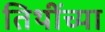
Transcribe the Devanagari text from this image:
तिथींच्या